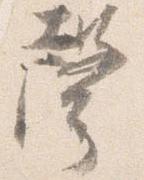
声